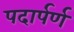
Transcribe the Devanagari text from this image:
पदार्पर्ण